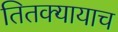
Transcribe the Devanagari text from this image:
तितक्यायाच